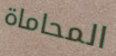
المحاماة